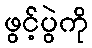
ဖွင့်ပွဲကို